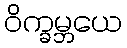
ဝိက္ခမ္ဘယေ